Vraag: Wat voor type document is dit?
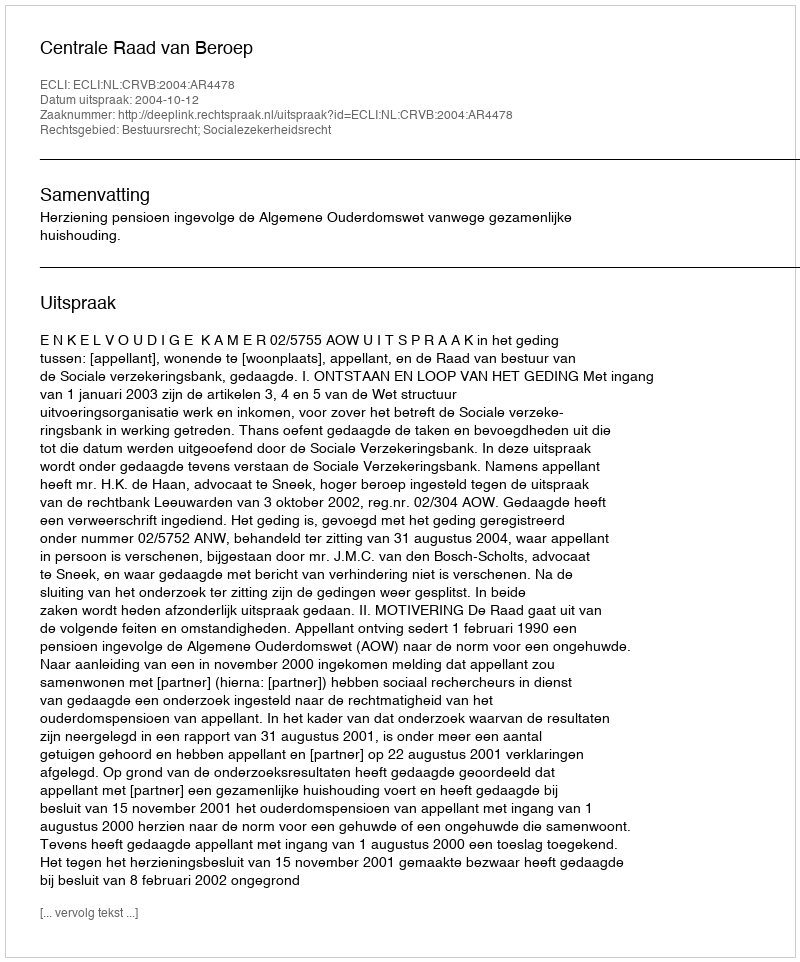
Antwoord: Uitspraak